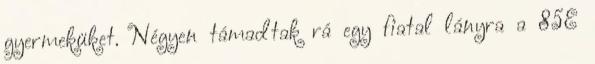
gyermeküket. Négyen támadtak rá egy fiatal lányra a 85E